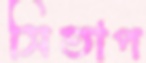
সিতাপ